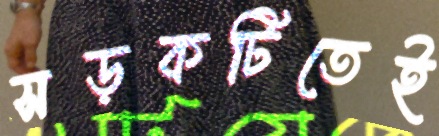
সড়কটিতেই